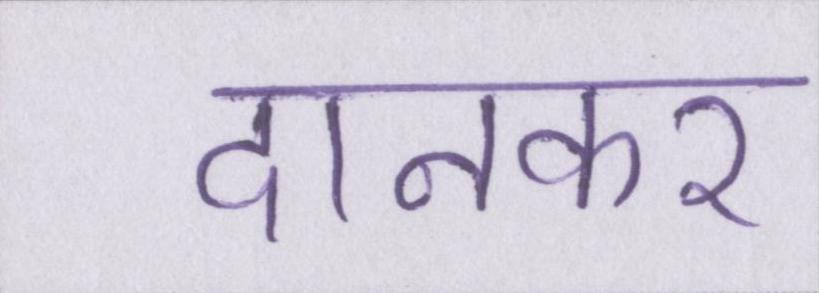
दानकर